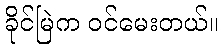
ခိုင်မြဲက ဝင်မေးတယ်။